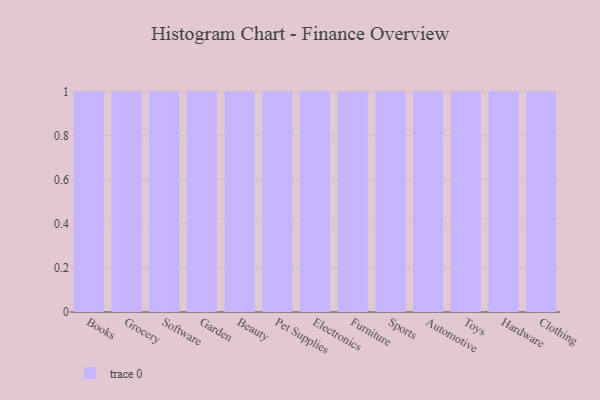
{"axis": {"x": "Category", "y": "Conversion Rate (%)"}, "legend": [""], "data": [{"x": "Books", "y": 63, "type": ""}, {"x": "Grocery", "y": 55, "type": ""}, {"x": "Software", "y": 58, "type": ""}, {"x": "Garden", "y": 78, "type": ""}, {"x": "Beauty", "y": 15, "type": ""}, {"x": "Pet Supplies", "y": 62, "type": ""}, {"x": "Electronics", "y": 98, "type": ""}, {"x": "Furniture", "y": 8, "type": ""}, {"x": "Sports", "y": 63, "type": ""}, {"x": "Automotive", "y": 99, "type": ""}, {"x": "Toys", "y": 87, "type": ""}, {"x": "Hardware", "y": 70, "type": ""}, {"x": "Clothing", "y": 4, "type": ""}]}